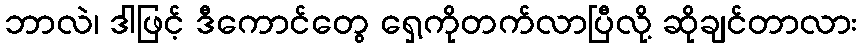
ဘာလဲ၊ ဒါဖြင့် ဒီကောင်တွေ ရှေ့ကိုတက်လာပြီလို့ ဆိုချင်တာလား